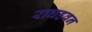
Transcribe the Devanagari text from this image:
राघहवन